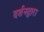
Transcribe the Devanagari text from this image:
दर्शनद्वारा